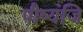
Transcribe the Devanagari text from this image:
पौष्यंजि